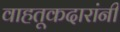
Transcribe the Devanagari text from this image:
वाहतूकदारांनी